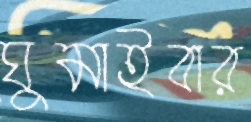
ঘুমাইবার